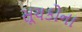
સૂચકોના